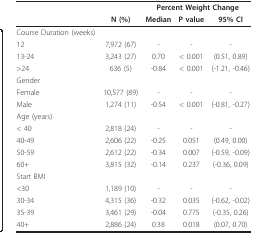
<table><thead><tr><td></td><td></td><td colspan="3"><b>Percent Weight Change</b></td></tr><tr><td></td><td><b>N (%)</b></td><td><b>Median</b></td><td><b>P value</b></td><td><b>95% CI</b></td></tr></thead><tbody><tr><td>Course Duration (weeks)</td><td></td><td></td><td></td><td></td></tr><tr><td>12</td><td>7,972 (67)</td><td>-</td><td>-</td><td>-</td></tr><tr><td>13-24</td><td>3,243 (27)</td><td>0.70</td><td>&lt; 0.001</td><td>(0.51, 0.89)</td></tr><tr><td>&gt;24</td><td>636 (5)</td><td>-0.84</td><td>&lt; 0.001</td><td>(-1.21, -0.46)</td></tr><tr><td>Gender</td><td></td><td></td><td></td><td></td></tr><tr><td>Female</td><td>10,577 (89)</td><td>-</td><td>-</td><td>-</td></tr><tr><td>Male</td><td>1,274 (11)</td><td>-0.54</td><td>&lt; 0.001</td><td>(-0.81, -0.27)</td></tr><tr><td>Age (years)</td><td></td><td></td><td></td><td></td></tr><tr><td>&lt; 40</td><td>2,818 (24)</td><td>-</td><td>-</td><td>-</td></tr><tr><td>40-49</td><td>2,606 (22)</td><td>-0.25</td><td>0.051</td><td>(0.49, 0.00)</td></tr><tr><td>50-59</td><td>2,612 (22)</td><td>-0.34</td><td>0.007</td><td>(-0.59, -0.09)</td></tr><tr><td>60+</td><td>3,815 (32)</td><td>-0.14</td><td>0.237</td><td>(-0.36, 0.09)</td></tr><tr><td>Start BMI</td><td></td><td></td><td></td><td></td></tr><tr><td>&lt;30</td><td>1,189 (10)</td><td>-</td><td>-</td><td>-</td></tr><tr><td>30-34</td><td>4,315 (36)</td><td>-0.32</td><td>0.035</td><td>(-0.62, -0.02)</td></tr><tr><td>35-39</td><td>3,461 (29)</td><td>-0.04</td><td>0.775</td><td>(-0.35, 0.26)</td></tr><tr><td>40+</td><td>2,886 (24)</td><td>0.38</td><td>0.018</td><td>(0.07, 0.70)</td></tr></tbody></table>